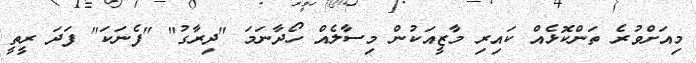
މިއަށްވުރެ ތަންކޮޅެއް ކައިރި މާޒީއަކުން މިސާލެއް ހޯދާނަމަ "ދިރާގު" "ފެނަކަ" ފަދަ ރީތީ